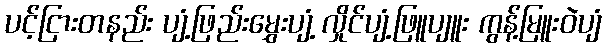
ပင့်ငြားတနည်း ပျံ့ဖြည်းမွှေးပျံ့ လှိုင်ပျံ့ဖြူပျူး ကွန့်မြူးဝဲပျံ